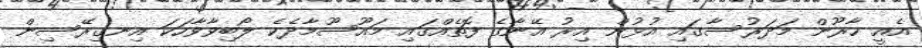
އެއީ ހާރޫން މަދަރުސާގައި އުޅުން އިރު އޭނާގެ ފޮތެއްގައި މައޫސޫމާދެކެ ލޯބިވާވާހަކަ އިނގިރޭސިން